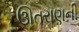
ઊતરાણની